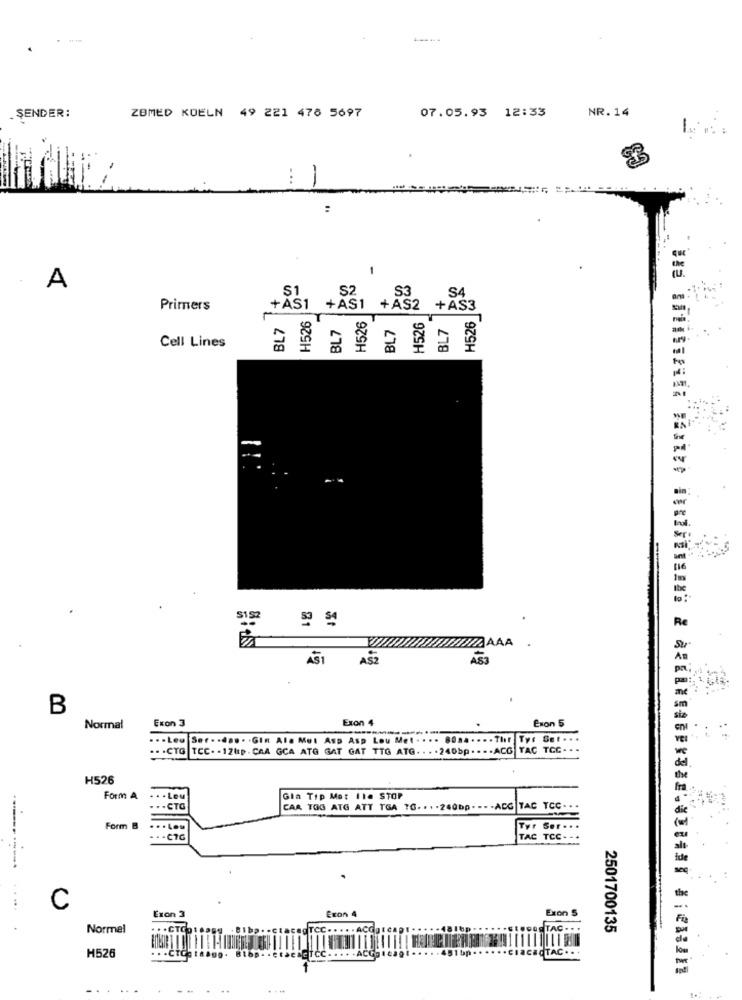
NR. 14
.SENDER:
ZBMED KOELN 49 221 478 5697
07.05.93 12:33
-
:
-
A
S1
S2
S3
S4
Primers
+AS1
H526
+AS1
+AS2
+AS3
H526
BL7
BL7
H526
BL7
H526
BL7
Cell Lines
S152
AS1
AS2
AS3
B
Exon 3
Exon 4
Normal
Exon 5
... Leu Ser .. da .. . GIn Ala Mut Asp Asp Lou Met · · ·· 80m. . . . . Thır Ty: Sel . .
.. . CTG TCC. . 12Up . CAA GCA ATG GAT GAT TTG ATG.
. . 240bp . . . . ACG TAC TGC . .
H526
Form A
. . . Lou
Gla Tip Met 11. STOP
... CTG
CAR TOG ATG ATT TGA TG. . . . 240bp - - - - ACG TAC TCC
Form B
... Lou
Tyr Ser .. .
**- CTG
TAC TCC- - .
... ..
C
Exon 4
Exon 5
Normel
CC. . .. . ACG
TAC .. .
2501700135
H526
..
...